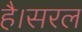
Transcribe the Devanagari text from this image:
है।सरल